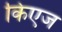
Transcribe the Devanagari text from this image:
किएज